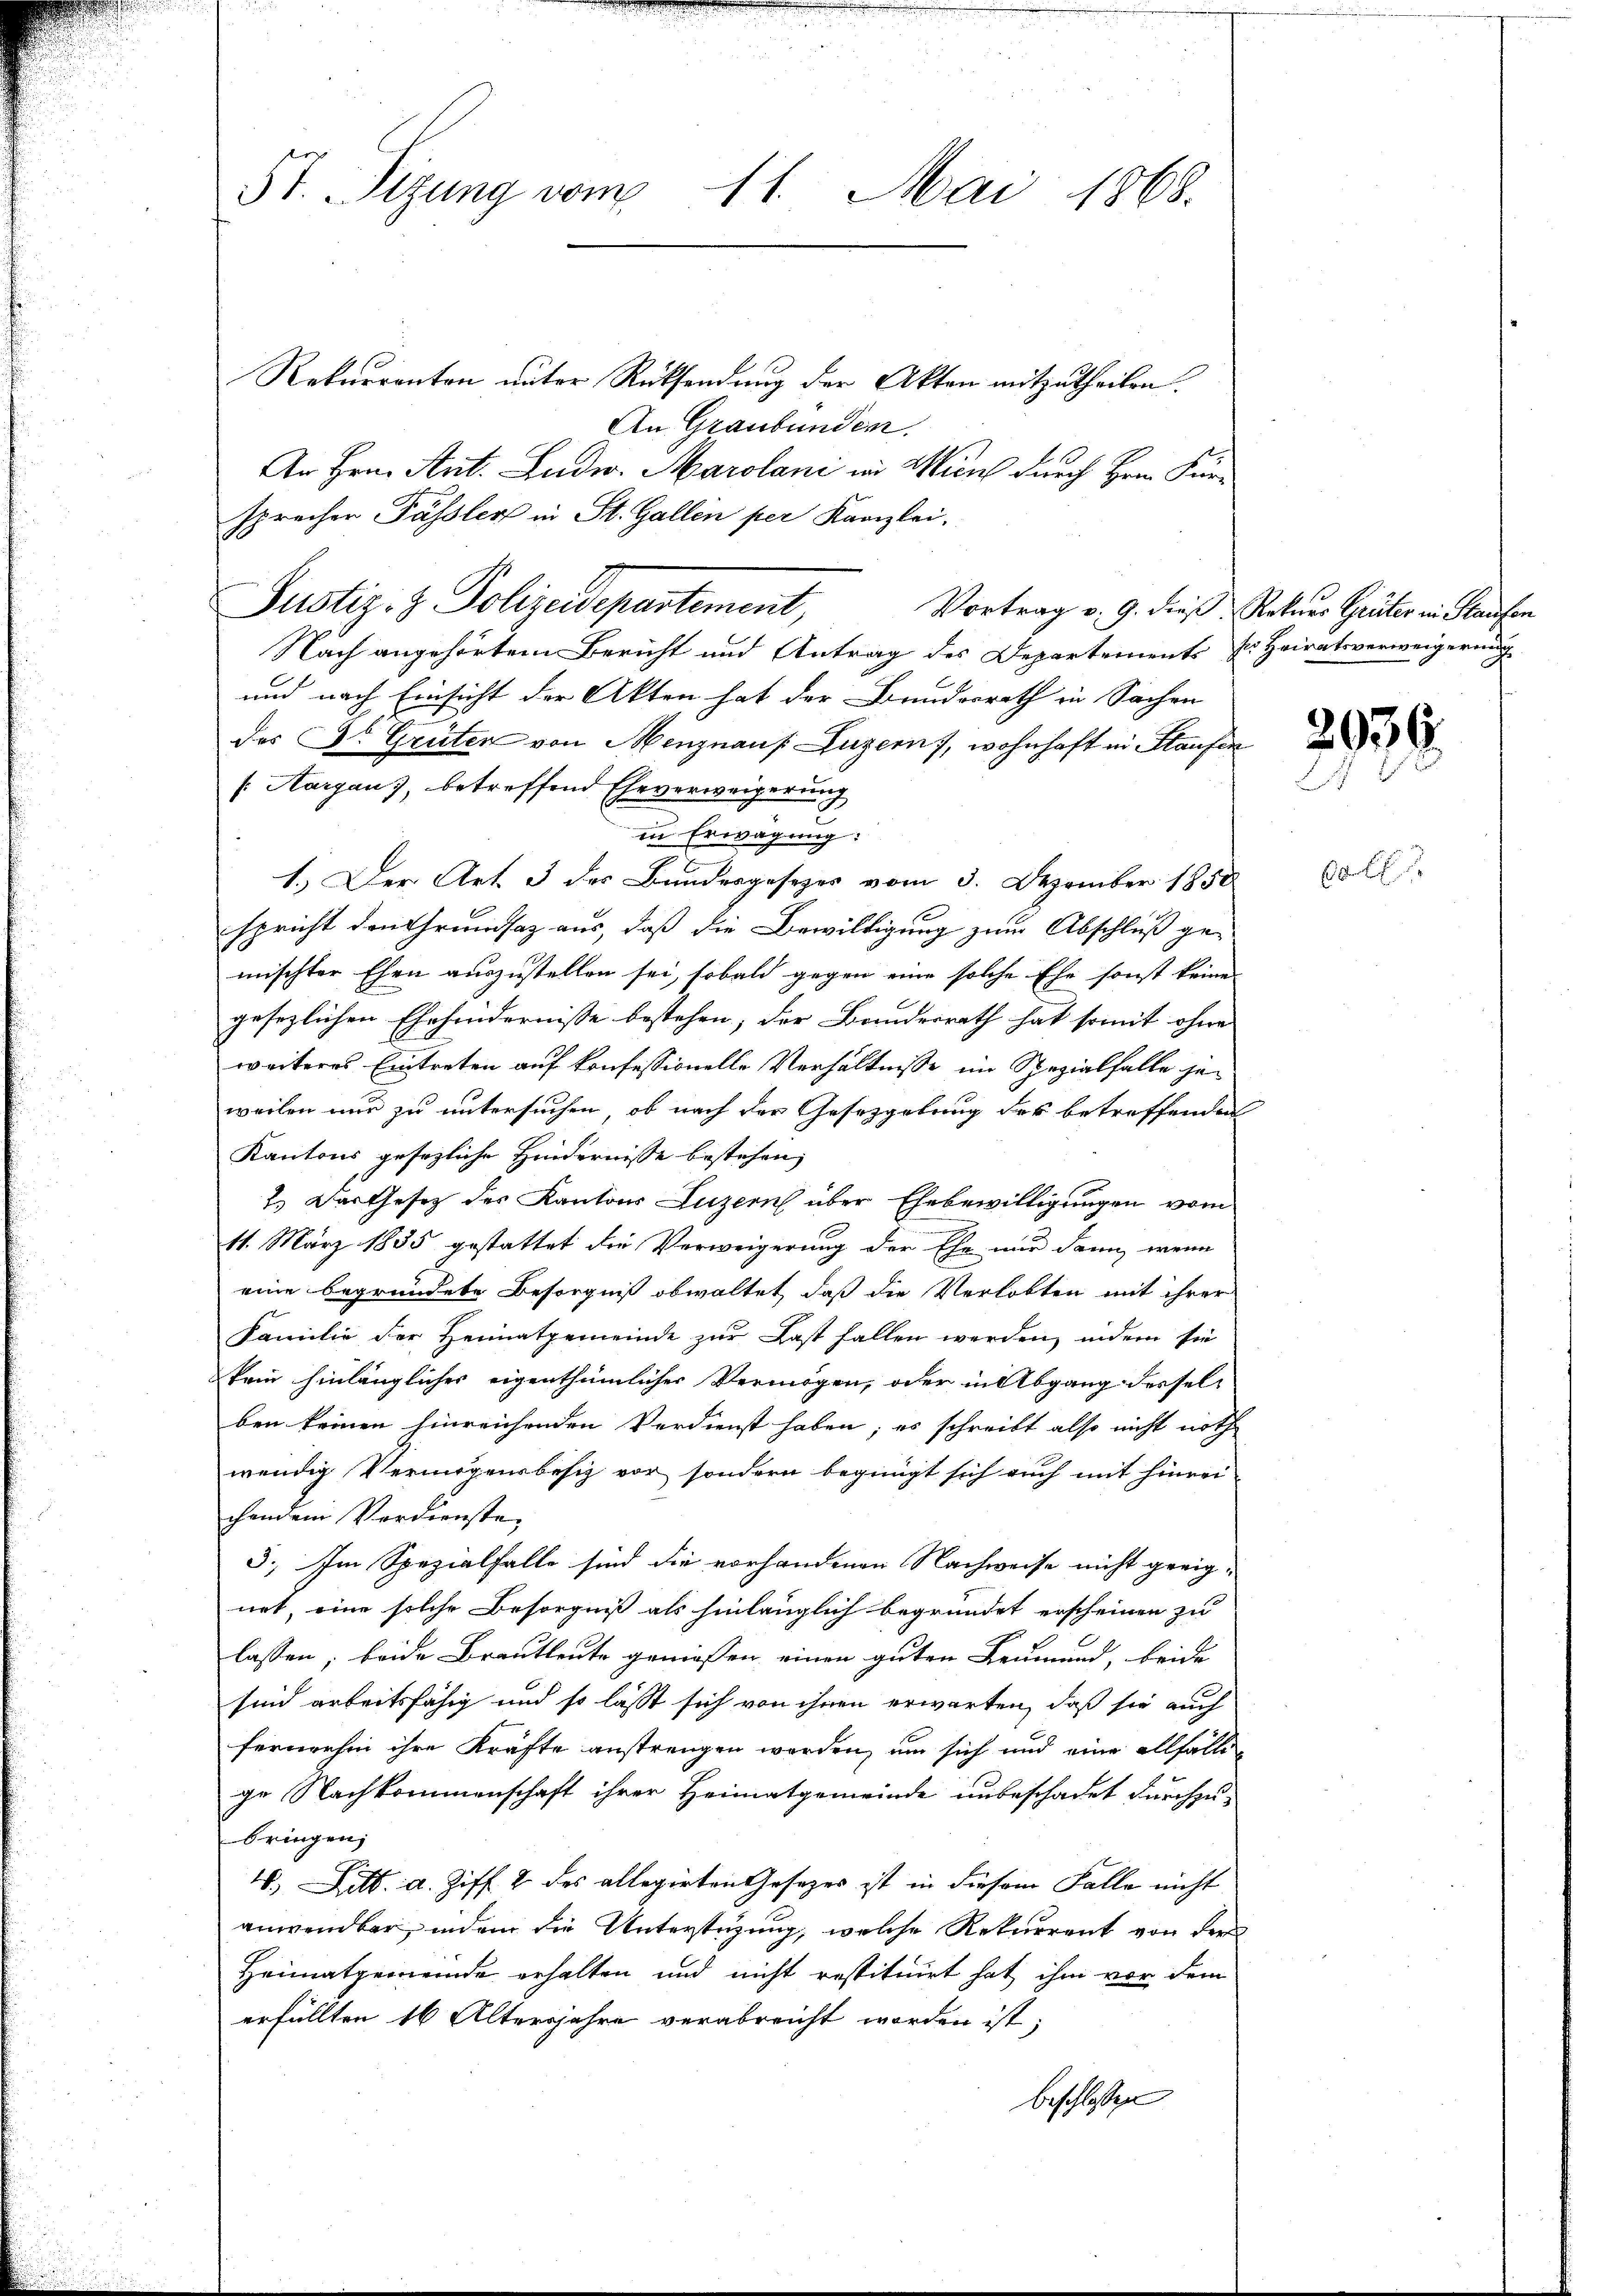
5t. Sizung vom 11. Mai 1868.

Rekurrenten unter Rücksendung der Akten mitzutheilen.
An Graubünden.
An Hrn. Ant. Ludw. Marolani in Wien durch Hrrn. Für-
sprecher Pässlers in St. Gallen per Kanzlei.
Nach angehörtem Bericht und Antrag des Departements s. Heiratsverweigerung
und nach Einsicht der Akten hat der Bundesrath in Sachen
des Dr. Grüter von Menznauf Luzern), wohnhaft in Haufen
[Hargau, betreffend Eheverweigerung
.
in Erwägung:
1.) Der Art. 3 des Bundesgesezes vom 3. Dezember 1850
spricht den Grundsaz aus, daß die Bewilligung zum Abschluß gemischter Ehen auszustellen sei, sobald gegen eine solche Ehe sonst keine
gesezlichen Ehehindernisse bestehen, der Banderrath hat somit ohne
weiteres Eintreten auf konfessionelle Verhältnisse im Spezialfalle jeweilen nur zu untersuchen, ob nach der Gesetzgebung des betreffenden
Kantons gesezliche Hindernisse bestehen,
7.) Das Gesetz des Kantons Luzern über Ehebewilligungen vom
11. März 1855 gestattet die Verweigerung der Ehe nur dann, wenn
eine begründete Besorgniß obwaltet, daß die Verlobten mit ihrer
Familie der Heimatgemeinde zur Last fallen werden, indem sie
kein hinlänglicher eigenthümlicher Vermögen, oder in Abgang derselben keinen hinreichenden Verdienst haben; es schreibt also nicht noth
wendig Vermögensbesiz vor sondern begnügt sich auch mit hinrei
chendem Verdienste,
5. Im Spezialfalle sind die vorhandenen Nachweise nicht geeignet, eine solche Besorgniß als hinlänglich begründet erscheinen zu
lassen, beide Brautleute geniessen einen guten Leumund, beide
sind arbeitsfähig und so lässt sich von ihnen erwarten, daß sie auch
fernehm ihre Kräfte anstrengen werden, um sich und eine allfälle
ge Nachkommenschaft ihrer Heimatgemeinde unbeschadet durchzubringen;
4., Litt. d. Ziff. 2 des allegirten Gesetzes ist in diesem Falle nicht
anwendbar, indem die Unterstüzung, welche Rekurrent von der
Heimatgemeinde erhalten und nicht restituirt hat ihm vor dem
erfüllten 16 Altersjahre verabreicht worden ist,
beschlossen

Justiz- & Polizeidepartement,

Vortrag v. 9. dieß, Rekurs Grüter in Kaufen

2938.

6